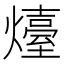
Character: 𤐽